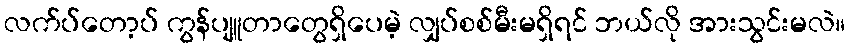
လက်ပ်တော့ပ် ကွန်ပျူတာတွေရှိပေမဲ့ လျှပ်စစ်မီးမရှိရင် ဘယ်လို အားသွင်းမလဲ။